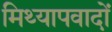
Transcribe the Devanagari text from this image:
मिथ्‍यापवादों